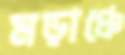
মড়াঞ্চে